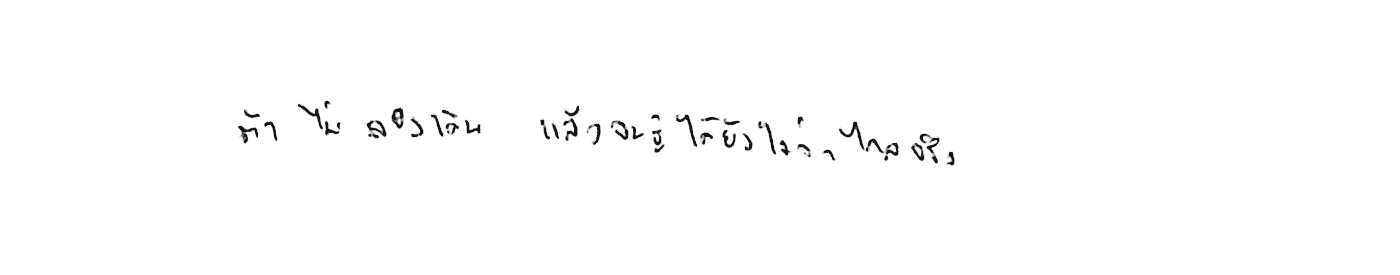
ถ้าไม่ลองเดินไป แล้วจะรู้ได้ยังไงว่าไกลจริง